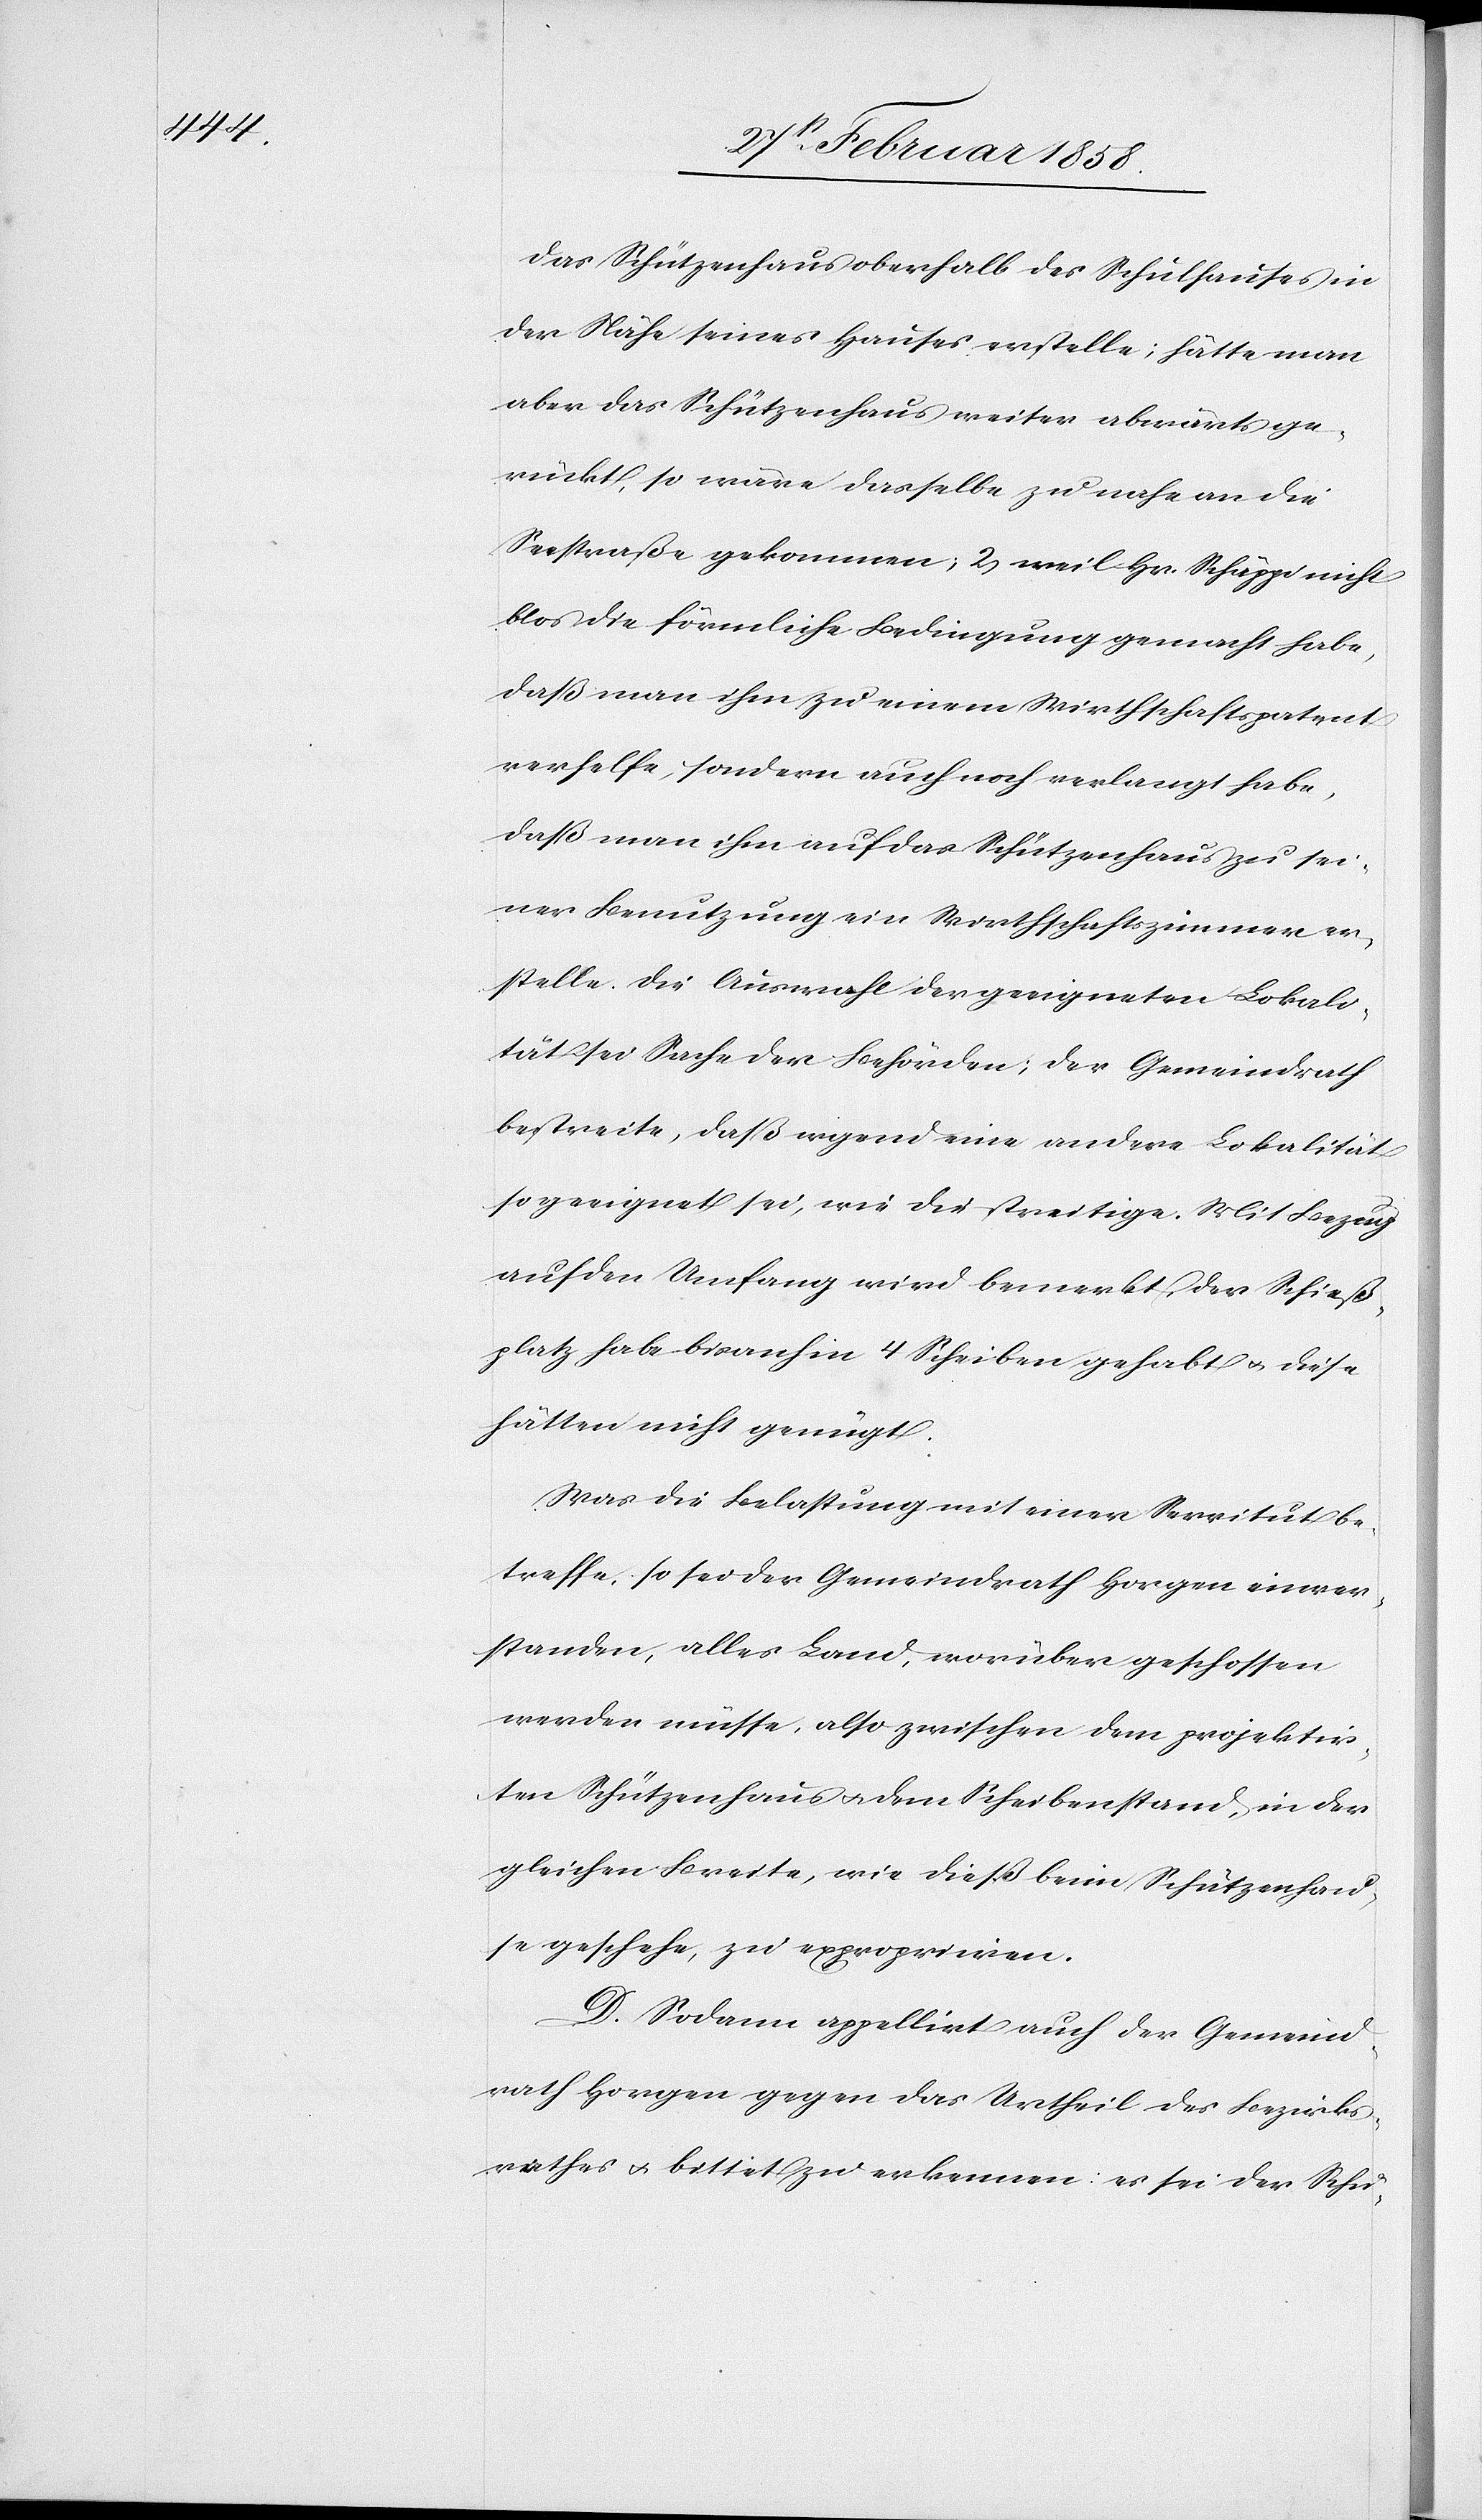
das Schützenhaus oberhalb des Schulhauses in
der Nähe seines Hauses erstelle; hätte man
aber das Schützenhaus weiter abwärts ge¬
rückt, so wäre dasselbe zu nahe an die
Seestraße gekommen; 2. weil Hr. Schäppi nicht
blos die förmliche Bedingung gemacht habe,
daß man ihm zu einem Wirthschaftspatent
verhelfe, sondern auch noch verlangt habe,
daß man ihm auf das Schützenhaus zu sei¬
ner Benutzung ein Wirthschaftszimmer er¬
stelle. Die Auswahl der geeigneten Lokali¬
tät sei Sache der Behörden; der Gemeindrath
bestreite, daß irgend eine andere Lokalität
so geeignet sei, wie die streitige. Mit Bezug
auf den Umfang wird bemerkt, der Schieß¬
platz habe bisanhin 4 Scheiben gehabt u. diese
hätten nicht genügt.
Was die Belastung mit einer Servitut be¬
treffe, so sei der Gemeindrath Horgen einver¬
standen, alles Land, worüber geschossen
werden müsse, also zwischen dem projektir¬
ten Schützenhaus u. dem Scheibenstand, in der
gleichen Breite, wie dieß beim Schützenhau¬
se geschehe, zu expropriiren.
D. Sodann appellirt auch der Gemeind¬
rath Horgen gegen das Urtheil des Bezirks¬
rathes u. bittet zu erkennen: es sei der Schü-